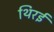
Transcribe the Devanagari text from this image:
थिरई